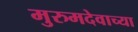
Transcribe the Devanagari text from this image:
मुरुमदेवाच्या